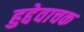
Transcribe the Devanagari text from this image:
हुद्देवाचक